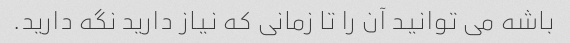
باشه می توانید آن را تا زمانی که نیاز دارید نگه دارید.